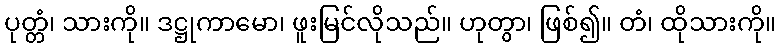
ပုတ္တံ၊ သားကို။ ဒဋ္ဌုကာမော၊ ဖူးမြင်လိုသည်။ ဟုတွာ၊ ဖြစ်၍။ တံ၊ ထိုသားကို။